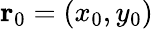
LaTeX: \mathbf{r}_{0}=(x_{0},y_{0})